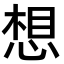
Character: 想